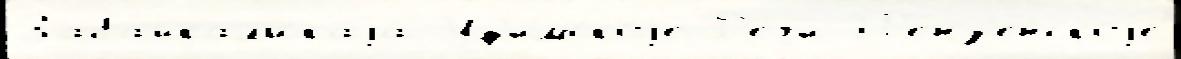
Забайкальскаjа Уф'имскоjе Р'е́чи П'е́нз'енскоjе